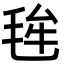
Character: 毪